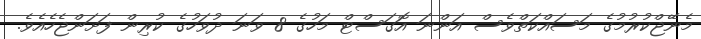
މެނޭޖްކުރުމުގެ މަސައްކަތްވެސް އަންނަ އޮގަސްޓް މަހުގެ 8 ވަނަ ދުވަހުގެ ކުރިން ފަށަންޖެހެއެވެ.